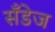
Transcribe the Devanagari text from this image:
सँडेज